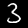
Digit: 3